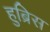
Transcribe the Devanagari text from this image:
हुब्रिस